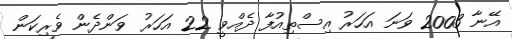
އޭނާ 2003 ވަނަ އަހަރު އިސްތިއުފާ ދެއްވީ 22 އަހަރު ވަންދެން ވެރިކަން